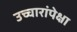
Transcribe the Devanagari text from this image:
उच्चारांपेक्षा